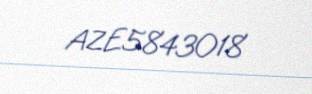
AZE5843018